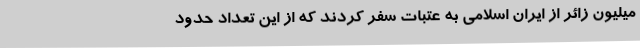
میلیون زائر از ایران اسلامی به عتبات سفر کردند که از این تعداد حدود